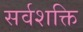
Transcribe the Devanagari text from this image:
सर्वशक्ति